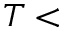
T <